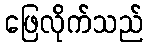
ဖြေလိုက်သည်